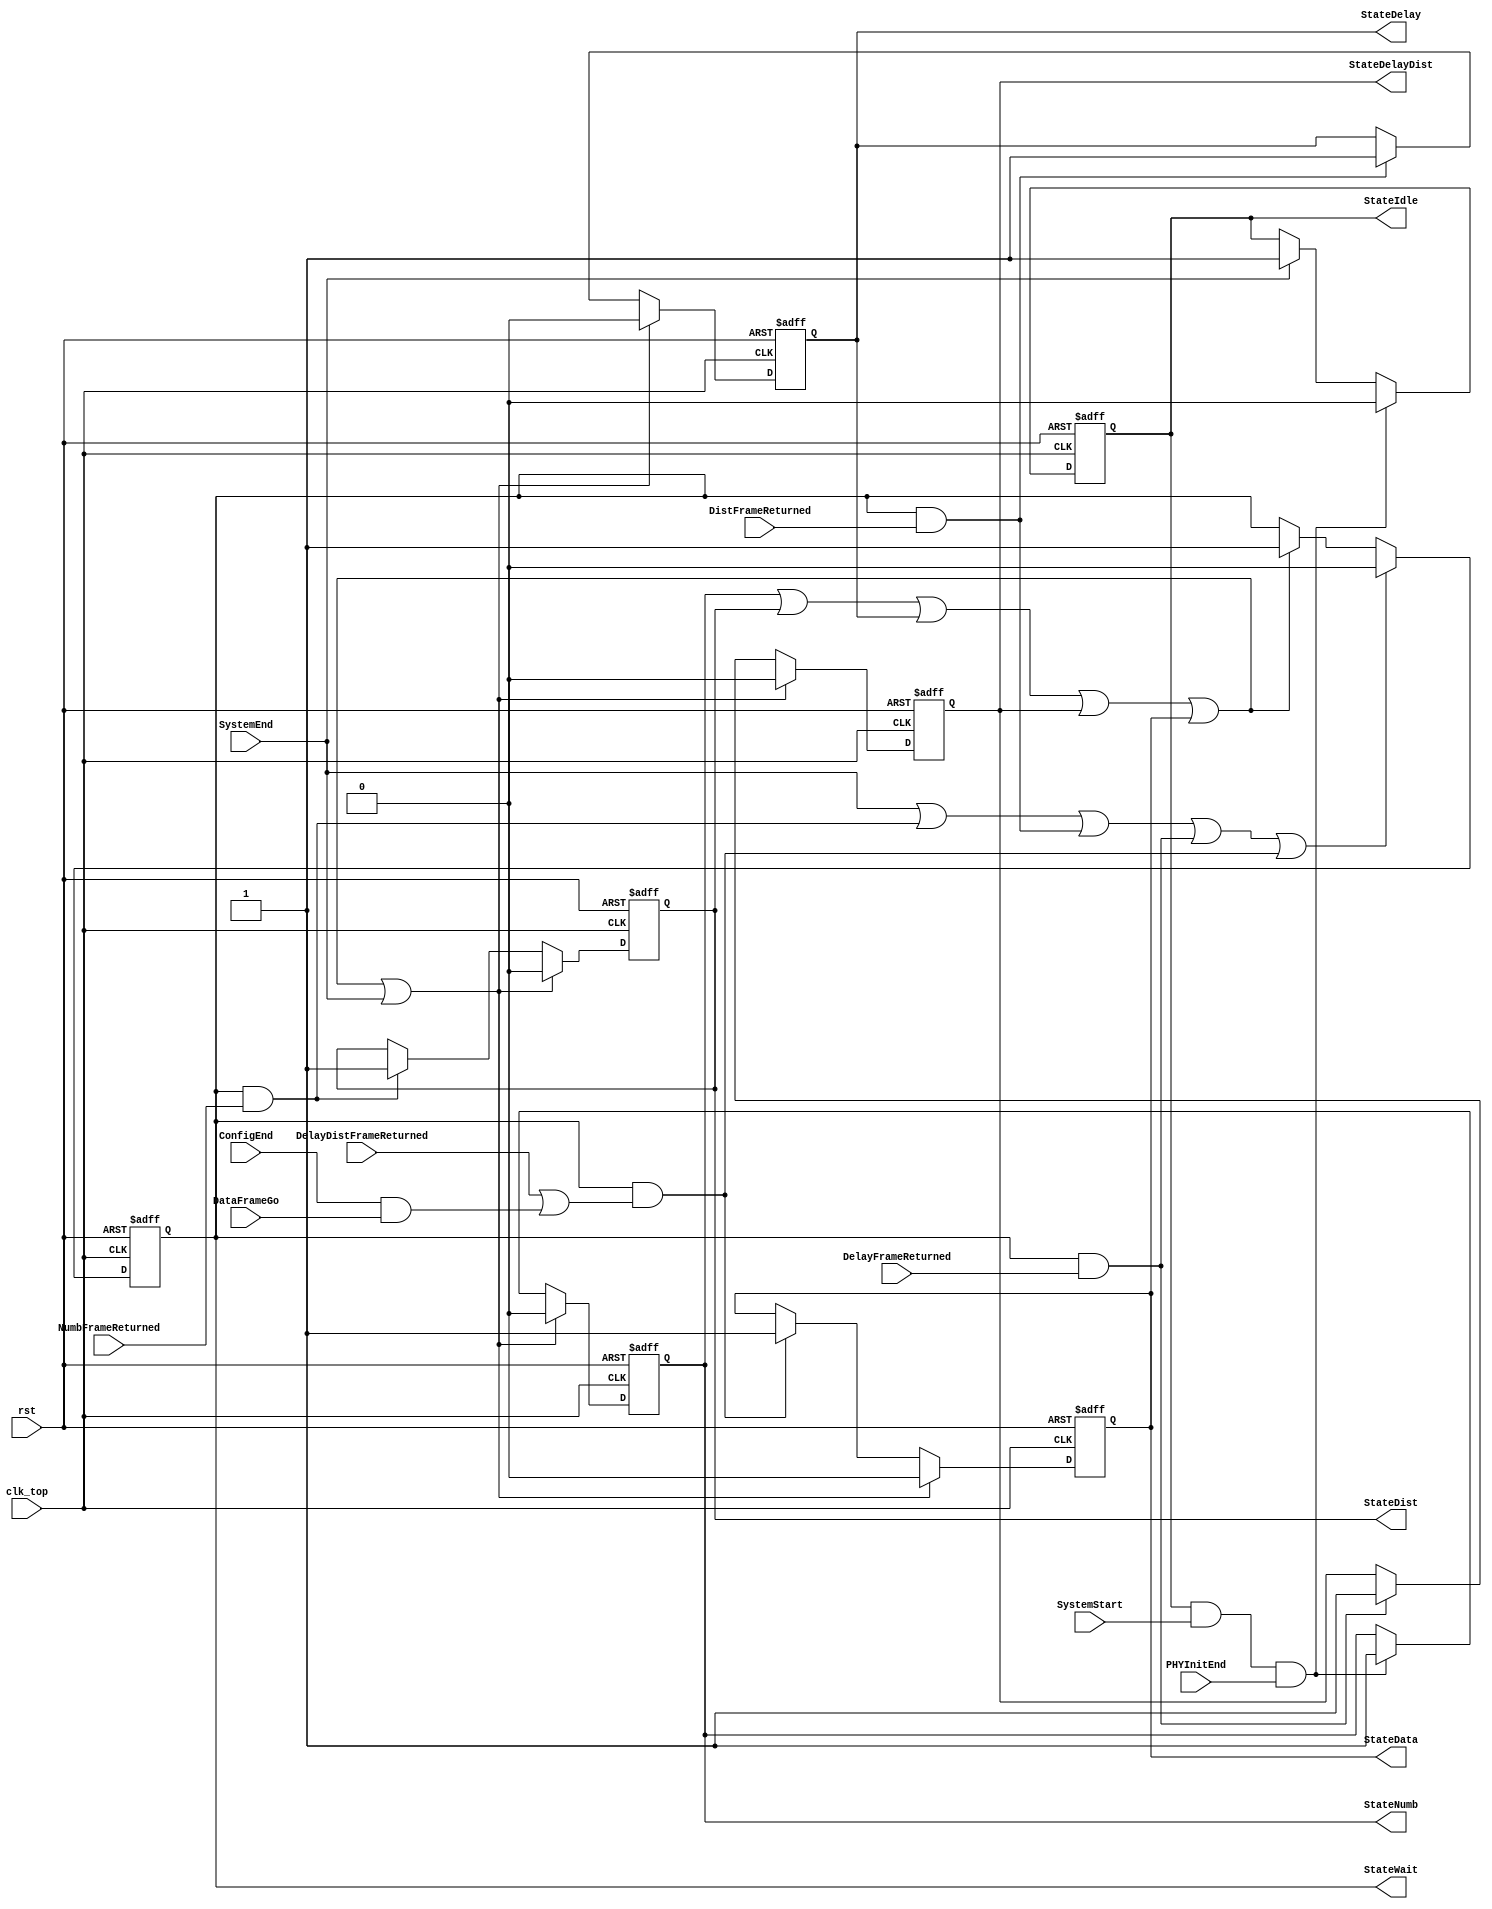
module fb_topstatem(clk_top, rst, SystemEnd, SystemStart, PHYInitEnd, NumbFrameReturned, DistFrameReturned, DelayFrameReturned,
                    DelayDistFrameReturned, ConfigEnd, DataFrameGo, StateIdle, StateNumb, StateDist, StateDelay, StateDelayDist, StateData, StateWait);

input       clk_top;   // I think this should be the TX clock since it control the start of transmitting frames
input       rst;
input       SystemEnd;
input       SystemStart;
input       PHYInitEnd;
input       NumbFrameReturned;
input       DistFrameReturned;
input       DelayFrameReturned;
input       DelayDistFrameReturned;
input       ConfigEnd;
input       DataFrameGo;

output      StateIdle;
output      StateNumb;
output      StateDist;
output      StateDelay;
output      StateDelayDist;
output      StateData;
output      StateWait;

reg         StateIdle;
reg         StateNumb;
reg         StateDist;
reg         StateDelay;
reg         StateDelayDist;
reg         StateData;
reg         StateWait;

wire        StartIdle;
wire        StartNumb;
wire        StartDist;
wire        StartDelay;
wire        StartDelayDist;
wire        StartData;
wire        StartWait;

assign StartIdle       = SystemEnd;

assign StartNumb       = StateIdle & SystemStart & PHYInitEnd;

assign StartDist       = StateWait &  NumbFrameReturned;

assign StartDelay      = StateWait &  DistFrameReturned;

assign StartDelayDist  = StateWait &  DelayFrameReturned;

assign StartData       = StateWait & ( DelayDistFrameReturned | ConfigEnd & DataFrameGo );

assign StartWait       = StateNumb | StateDist | StateDelay | StateDelayDist | StateData;


always@(posedge clk_top or posedge rst)
begin
   if(rst)
   begin
      StateIdle          <= 1'b1;
      StateNumb          <= 1'b0;
      StateDist          <= 1'b0;
      StateDelay         <= 1'b0;
      StateDelayDist     <= 1'b0;
      StateData          <= 1'b0;
      StateWait          <= 1'b0;
   end
   else
   begin
      
      if(StartNumb)
        StateIdle <=  1'b0;
      else
      if(StartIdle)
        StateIdle <=  1'b1;
      
      if(StartWait | StartIdle)
        StateNumb <=  1'b0;
      else
      if(StartNumb)
        StateNumb <=  1'b1;
      
      if(StartWait | StartIdle)
        StateDist <=  1'b0;
      else
      if(StartDist)
        StateDist <=  1'b1;
        
      if(StartWait | StartIdle)
        StateDelay <=  1'b0;
      else
      if(StartDelay)
        StateDelay <=  1'b1;
      
      if(StartWait | StartIdle)
        StateDelayDist <=  1'b0;
      else
      if(StartDelayDist)
        StateDelayDist <=  1'b1;

      if(StartWait | StartIdle)
        StateData <=  1'b0;
      else
      if(StartData)
        StateData <=  1'b1;
      
      if(StartIdle | StartDist | StartDelay | StartDelayDist | StartData)
        StateWait <=  1'b0;
      else
      if(StartWait)
        StateWait <=  1'b1;
        
   end
end

endmodule